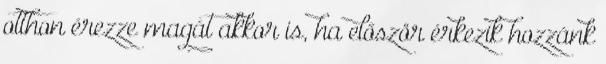
otthon érezze magát akkor is, ha először érkezik hozzánk